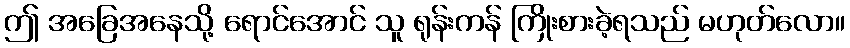
ဤ အခြေအနေသို့ ရောင်အောင် သူ ရုန်းကန် ကြိုးစားခဲ့ရသည် မဟုတ်လော။